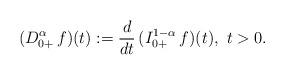
LaTeX: \begin{align*}(D^\alpha_{0+}\, f)(t) := \frac{d}{dt}\, (I^{1-\alpha}_{0+}\, f)(t),\ t>0.\end{align*}